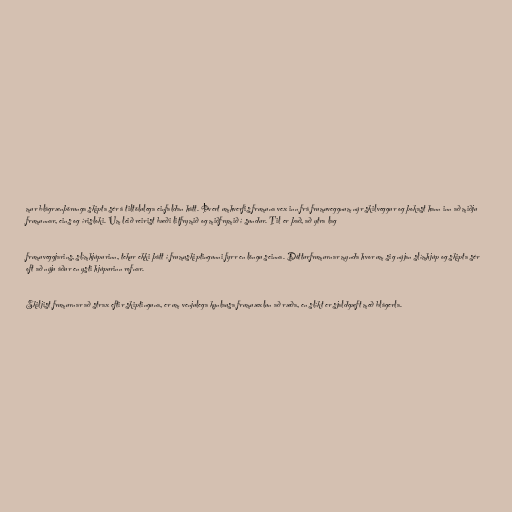
mur blágrænþörunga skipta sér á tiltölulega einfaldan hátt. Þvert umhverfis frumuna vex inn frá frumuveggnum nýr skilveggur og þokast hann inn að miðju
frumunnar, eins og írisloki. Um leið reirist bæði litfrymið og miðfrymið í sundur. Til er það, að ytra lag

frumuveggjarins, slímhjúpurinn, tekur ekki þátt í frumuskiptingunni fyrr en löngu seinna. Dótturfrumurnar mynda hvor um sig nýjan slímhjúp og skipta sér
oft að nýju áður en ysti hjúpurinn rofnar.

Skiljist frumurnar að strax eftir skiptinguna, er um venjulega kynlausa frumuæxlun að ræða, en slíkt er sjaldgæft með blágerla.